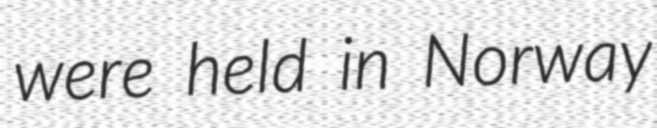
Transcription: were held in Norway